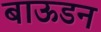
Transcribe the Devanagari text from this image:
बाऊडन